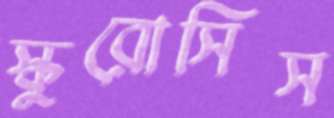
স্কুরোসিস